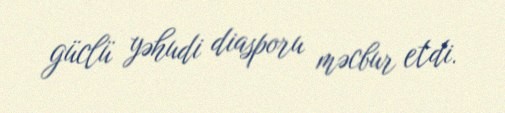
güclü yəhudi diasporu məcbur etdi.